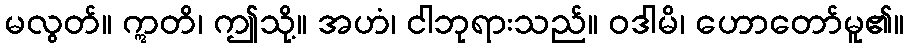
မလွတ်။ ဣတိ၊ ဤသို့။ အဟံ၊ ငါဘုရားသည်။ ဝဒါမိ၊ ဟောတော်မူ၏။